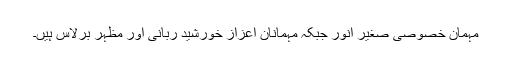
مہمانِ خصوصی صغیر انور جبکہ مہمانانِ اعزاز خورشید ربانی اور مظہر برلاس ہیں۔